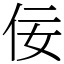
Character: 佞